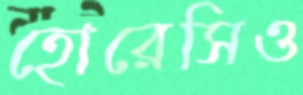
হোরেসিও